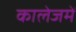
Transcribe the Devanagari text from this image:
कालेजमें